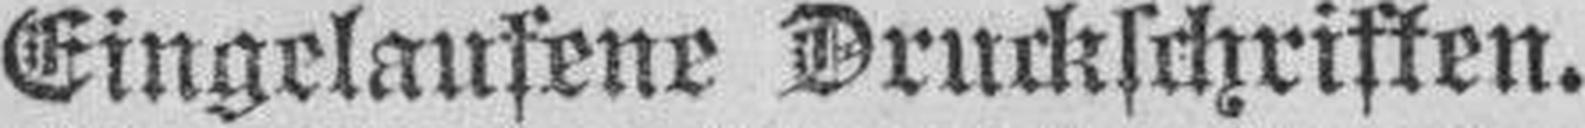
Eingelaufene Druckschriften.